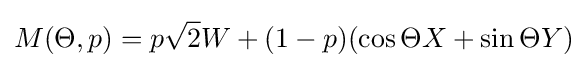
M(\Theta ,p)=p{\sqrt {2}}W+(1-p)(\cos \Theta X+\sin \Theta Y)